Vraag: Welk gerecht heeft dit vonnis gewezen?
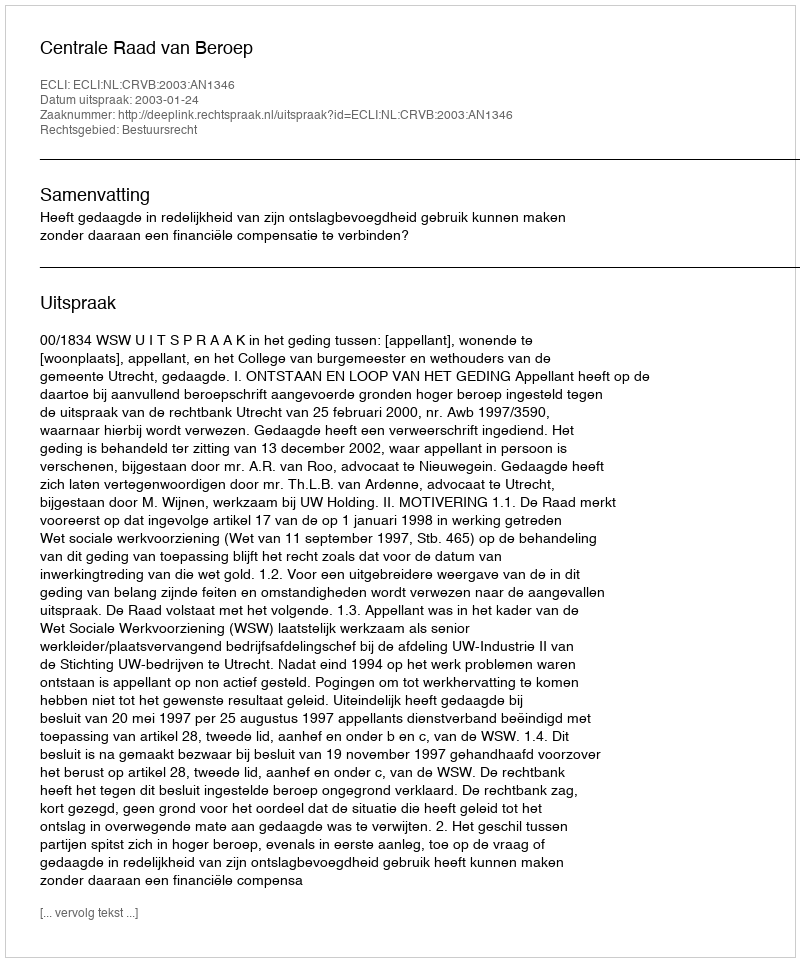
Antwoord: Centrale Raad van Beroep